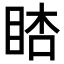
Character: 𥆪